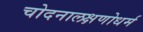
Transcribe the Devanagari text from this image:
चोदनालक्षणोधर्म